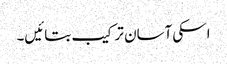
اسکی آسان ترکیب بتائیں۔